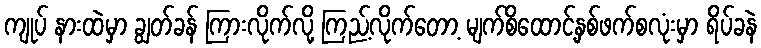
ကျုပ် နားထဲမှာ ချွတ်ခန် ကြားလိုက်လို့ ကြည့်လိုက်တော့ မျက်စိထောင့်နှစ်ဖက်စလုံးမှာ ရိပ်ခနဲ